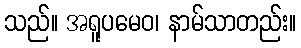
သည်။ အရူပမေဝ၊ နာမ်သာတည်း။